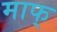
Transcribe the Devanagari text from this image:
माफ्